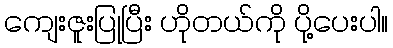
ကျေးဇူးပြုပြီး ဟိုတယ်ကို ပို့ပေးပါ။